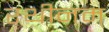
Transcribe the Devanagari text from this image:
रथीनम्